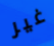
غير